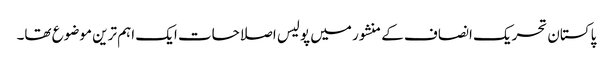
پاکستان تحریک انصاف کے منشور میں پولیس اصلاحات ایک اہم ترین موضوع تھا۔